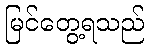
မြင်တွေ့ရသည်